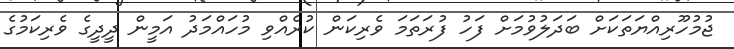
ޖުމުހޫރިއްޔަތަކަށް ބަދަލުވުމަށް ފަހު ފުރަތަމަ ވެރިކަން ކުރެއްވި މުހައްމަދު އަމީން ދީދީގެ ވެރިކަމުގެ